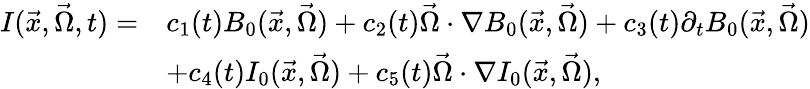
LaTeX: \begin{array}{rl}{I(\vec{x},\vec{\Omega},t)=}&{c_{1}(t)B_{0}(\vec{x},\vec{\Omega})+c_{2}(t)\vec{\Omega}\cdot\nabla B_{0}(\vec{x},\vec{\Omega})+c_{3}(t)\partial_{t}B_{0}(\vec{x},\vec{\Omega})}\\ &{+c_{4}(t)I_{0}(\vec{x},\vec{\Omega})+c_{5}(t)\vec{\Omega}\cdot\nabla I_{0}(\vec{x},\vec{\Omega}),}\end{array}